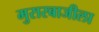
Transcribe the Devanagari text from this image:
मुरारबाजीला